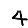
Digit: 4